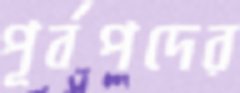
পূর্বপদের